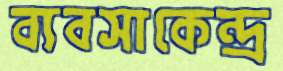
ব্যবসাকেন্দ্র